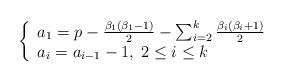
LaTeX: \begin{align*}\left\{ \begin{array}{l} a_1=p-\frac{\beta_1(\beta_1-1)}{2}-\sum_{i=2}^k \frac{\beta_i(\beta_i+1)}{2}\\ a_{i}=a_{i-1}-1, \; 2\leq i \leq k\\ \end{array} \right.\end{align*}